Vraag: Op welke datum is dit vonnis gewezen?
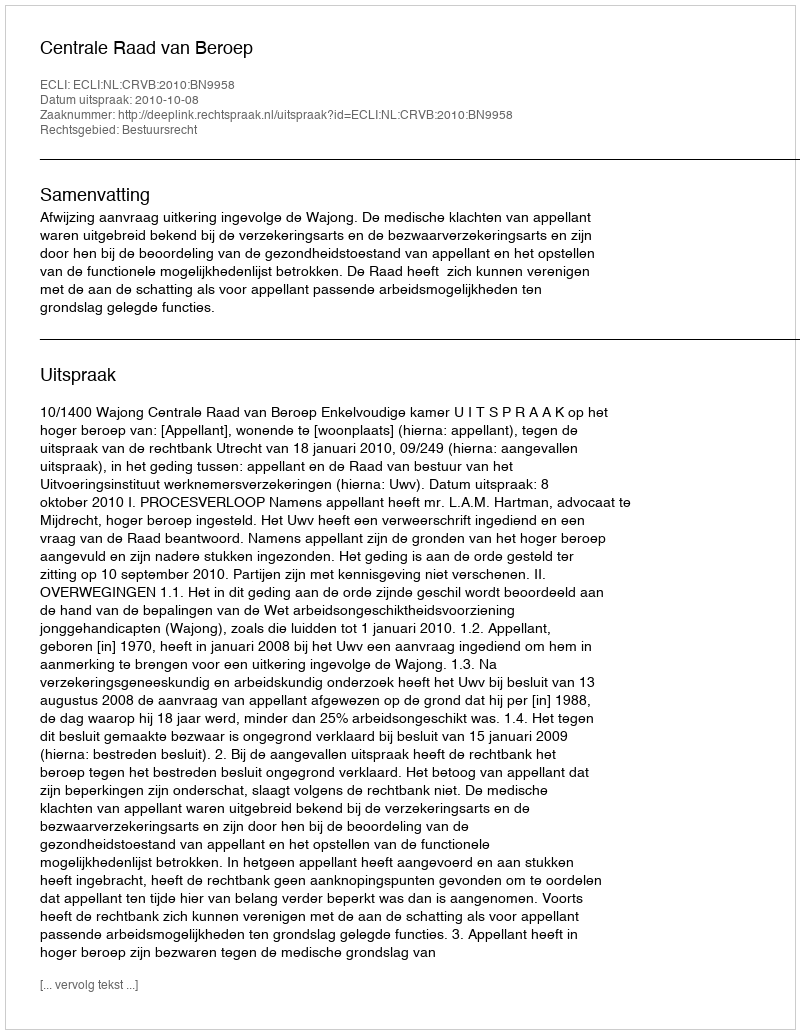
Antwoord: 2010-10-08